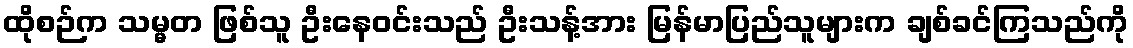
ထိုစဉ်က သမ္မတ ဖြစ်သူ ဦးနေဝင်းသည် ဦးသန့်အား မြန်မာပြည်သူများက ချစ်ခင်ကြသည်ကို